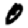
Digit: 0